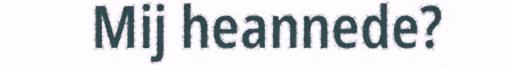
Mij heannede?